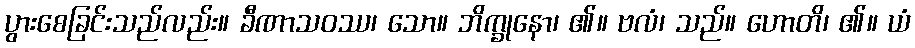
ပွားစေခြင်းသည်လည်း။ ခီဏာသဝဿ၊ သော။ ဘိက္ခုနော၊ ၏။ ဗလံ၊ သည်။ ဟောတိ၊ ၏။ ယံ